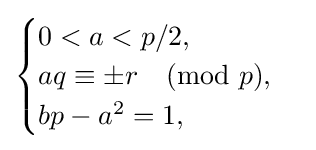
{\begin{cases}0<a<p/2,\\aq\equiv \pm r{\pmod {p}},\\bp-a^{2}=1,\end{cases}}